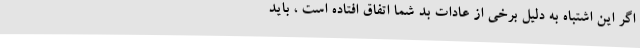
اگر این اشتباه به دلیل برخی از عادات بد شما اتفاق افتاده است ، باید